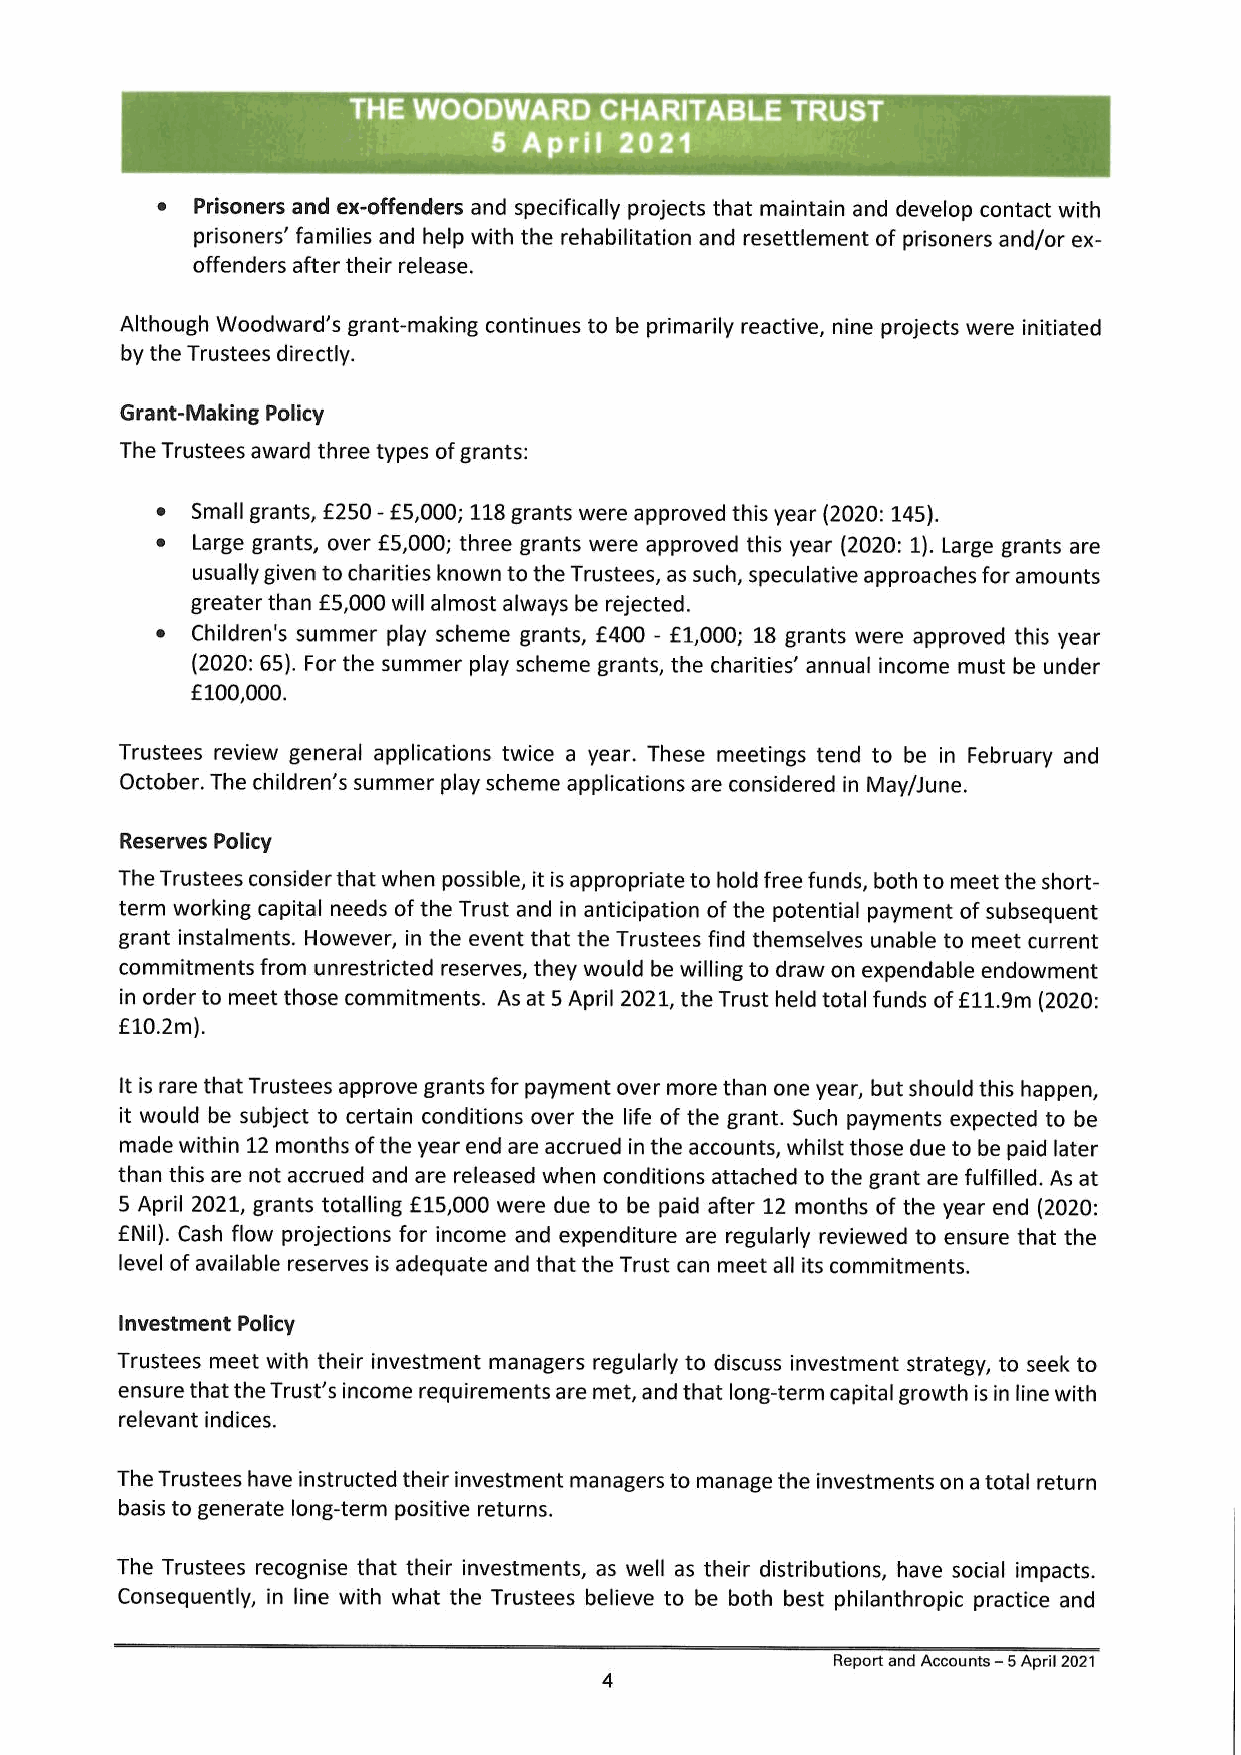
e  Prisoners and ex-offenders and specifically projects that maintain and develop contact with
 prisoners’ families and help with the rehabilitation and resettlement of prisoners and/or ex-
 offenders after their release.
 Although Woodward's grant-making continues to be primarily reactive, nine projects were initiated
 by the Trustees directly.
 Grant-Making Policy
 The Trustees award three types of grants:
 e  Small grants, £250 - £5,000; 118 grants were approved this year (2020: 145).
 e  Large grants, over £5,000; three grants were approved this year (2020: 1). Large grants are
 usually given to charities known to the Trustees, as such, speculative approaches for amounts
 greater than £5,000 will almost always be rejected.
 e  Children's summer play scheme grants, £400 - £1,000; 18 grants were approved this year
 (2020: 65). For the summer play scheme grants, the charities’ annual income must be under
 £100,000.
 Trustees review general applications twice a year. These meetings tend to be in February and
 October. The children’s summer play scheme applications are considered in May/June.
 Reserves Policy
 The Trustees consider that when possible, it is appropriate to hold free funds, both to meet the short-
 term working capital needs of the Trust and in anticipation of the potential payment of subsequent
 grant instalments. However, in the event that the Trustees find themselves unable to meet current
 commitments from unrestricted reserves, they would be willing to draw on expendable endowment
 in order to meet those commitments. As at 5 April 2021, the Trust held total funds of £11.9m (2020:
 £10.2m).
 Itis rare that Trustees approve grants for payment over more than one year, but should this happen,
 it would be subject to certain conditions over the life of the grant. Such payments expected to be
 made within 12 months of the year end are accrued in the accounts, whilst those due to be paid later
 than this are not accrued and are released when conditions attached to the grant are fulfilled. As at
 5 April 2021, grants totalling £15,000 were due to be paid after 12 months of the year end (2020:
 £Nil). Cash flow projections for income and expenditure are regularly reviewed to ensure that the
 level of available reserves is adequate and that the Trust can meet all its commitments.
 Investment Policy
 Trustees meet with their investment managers regularly to discuss investment strategy, to seek to
 ensure that the Trust's income requirements are met, and that long-term capital growth is in line with
 relevant indices.
 The Trustees have instructed their investment managers to manage the investments on a total return
 basis to generate long-term positive returns.
 The Trustees recognise that their investments, as well as their distributions, have social impacts.
 Consequently, in line with what the Trustees believe to be both best philanthropic practice and
 Report and Accounts - 5 April 2021